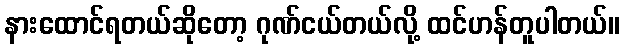
နားထောင်ရတယ်ဆိုတော့ ဂုဏ်ငယ်တယ်လို့ ထင်ဟန်တူပါတယ်။